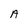
Character: A